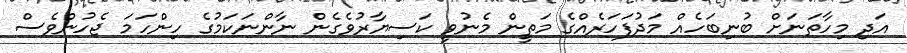
އަދި މިހާތަނަށް ބުނިބަހެއް މަދުފަހަރެއްގެ މަތީން މެނުވީ ކަސިޔާރުވެގެން ނާންނަކަމުގެ ހިންހަމަ ޖެހުންވެސް